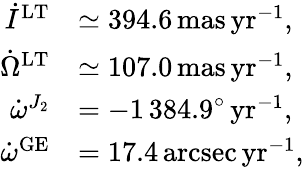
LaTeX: \begin{array}{rl}{\dot{I}^{\mathrm{LT}}}&{\simeq 394.6\, \mathrm{mas\, yr}^{-1},}\\ {\dot{\Omega}^{\mathrm{LT}}}&{\simeq 107.0\, \mathrm{mas\, yr}^{-1},}\\ {\dot{\omega}^{J_{2}}}&{=-1\, 384.9^{\circ}\, \mathrm{yr}^{-1},}\\ {\dot{\omega}^{\mathrm{GE}}}&{=17.4\, \mathrm{arcsec\, yr}^{-1},}\end{array}